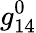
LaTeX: g_{14}^{0}